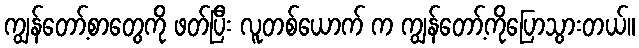
ကျွန်တော့်စာတွေကို ဖတ်ပြီး လူတစ်ယောက် က ကျွန်တော့်ကိုပြောသွားတယ်။